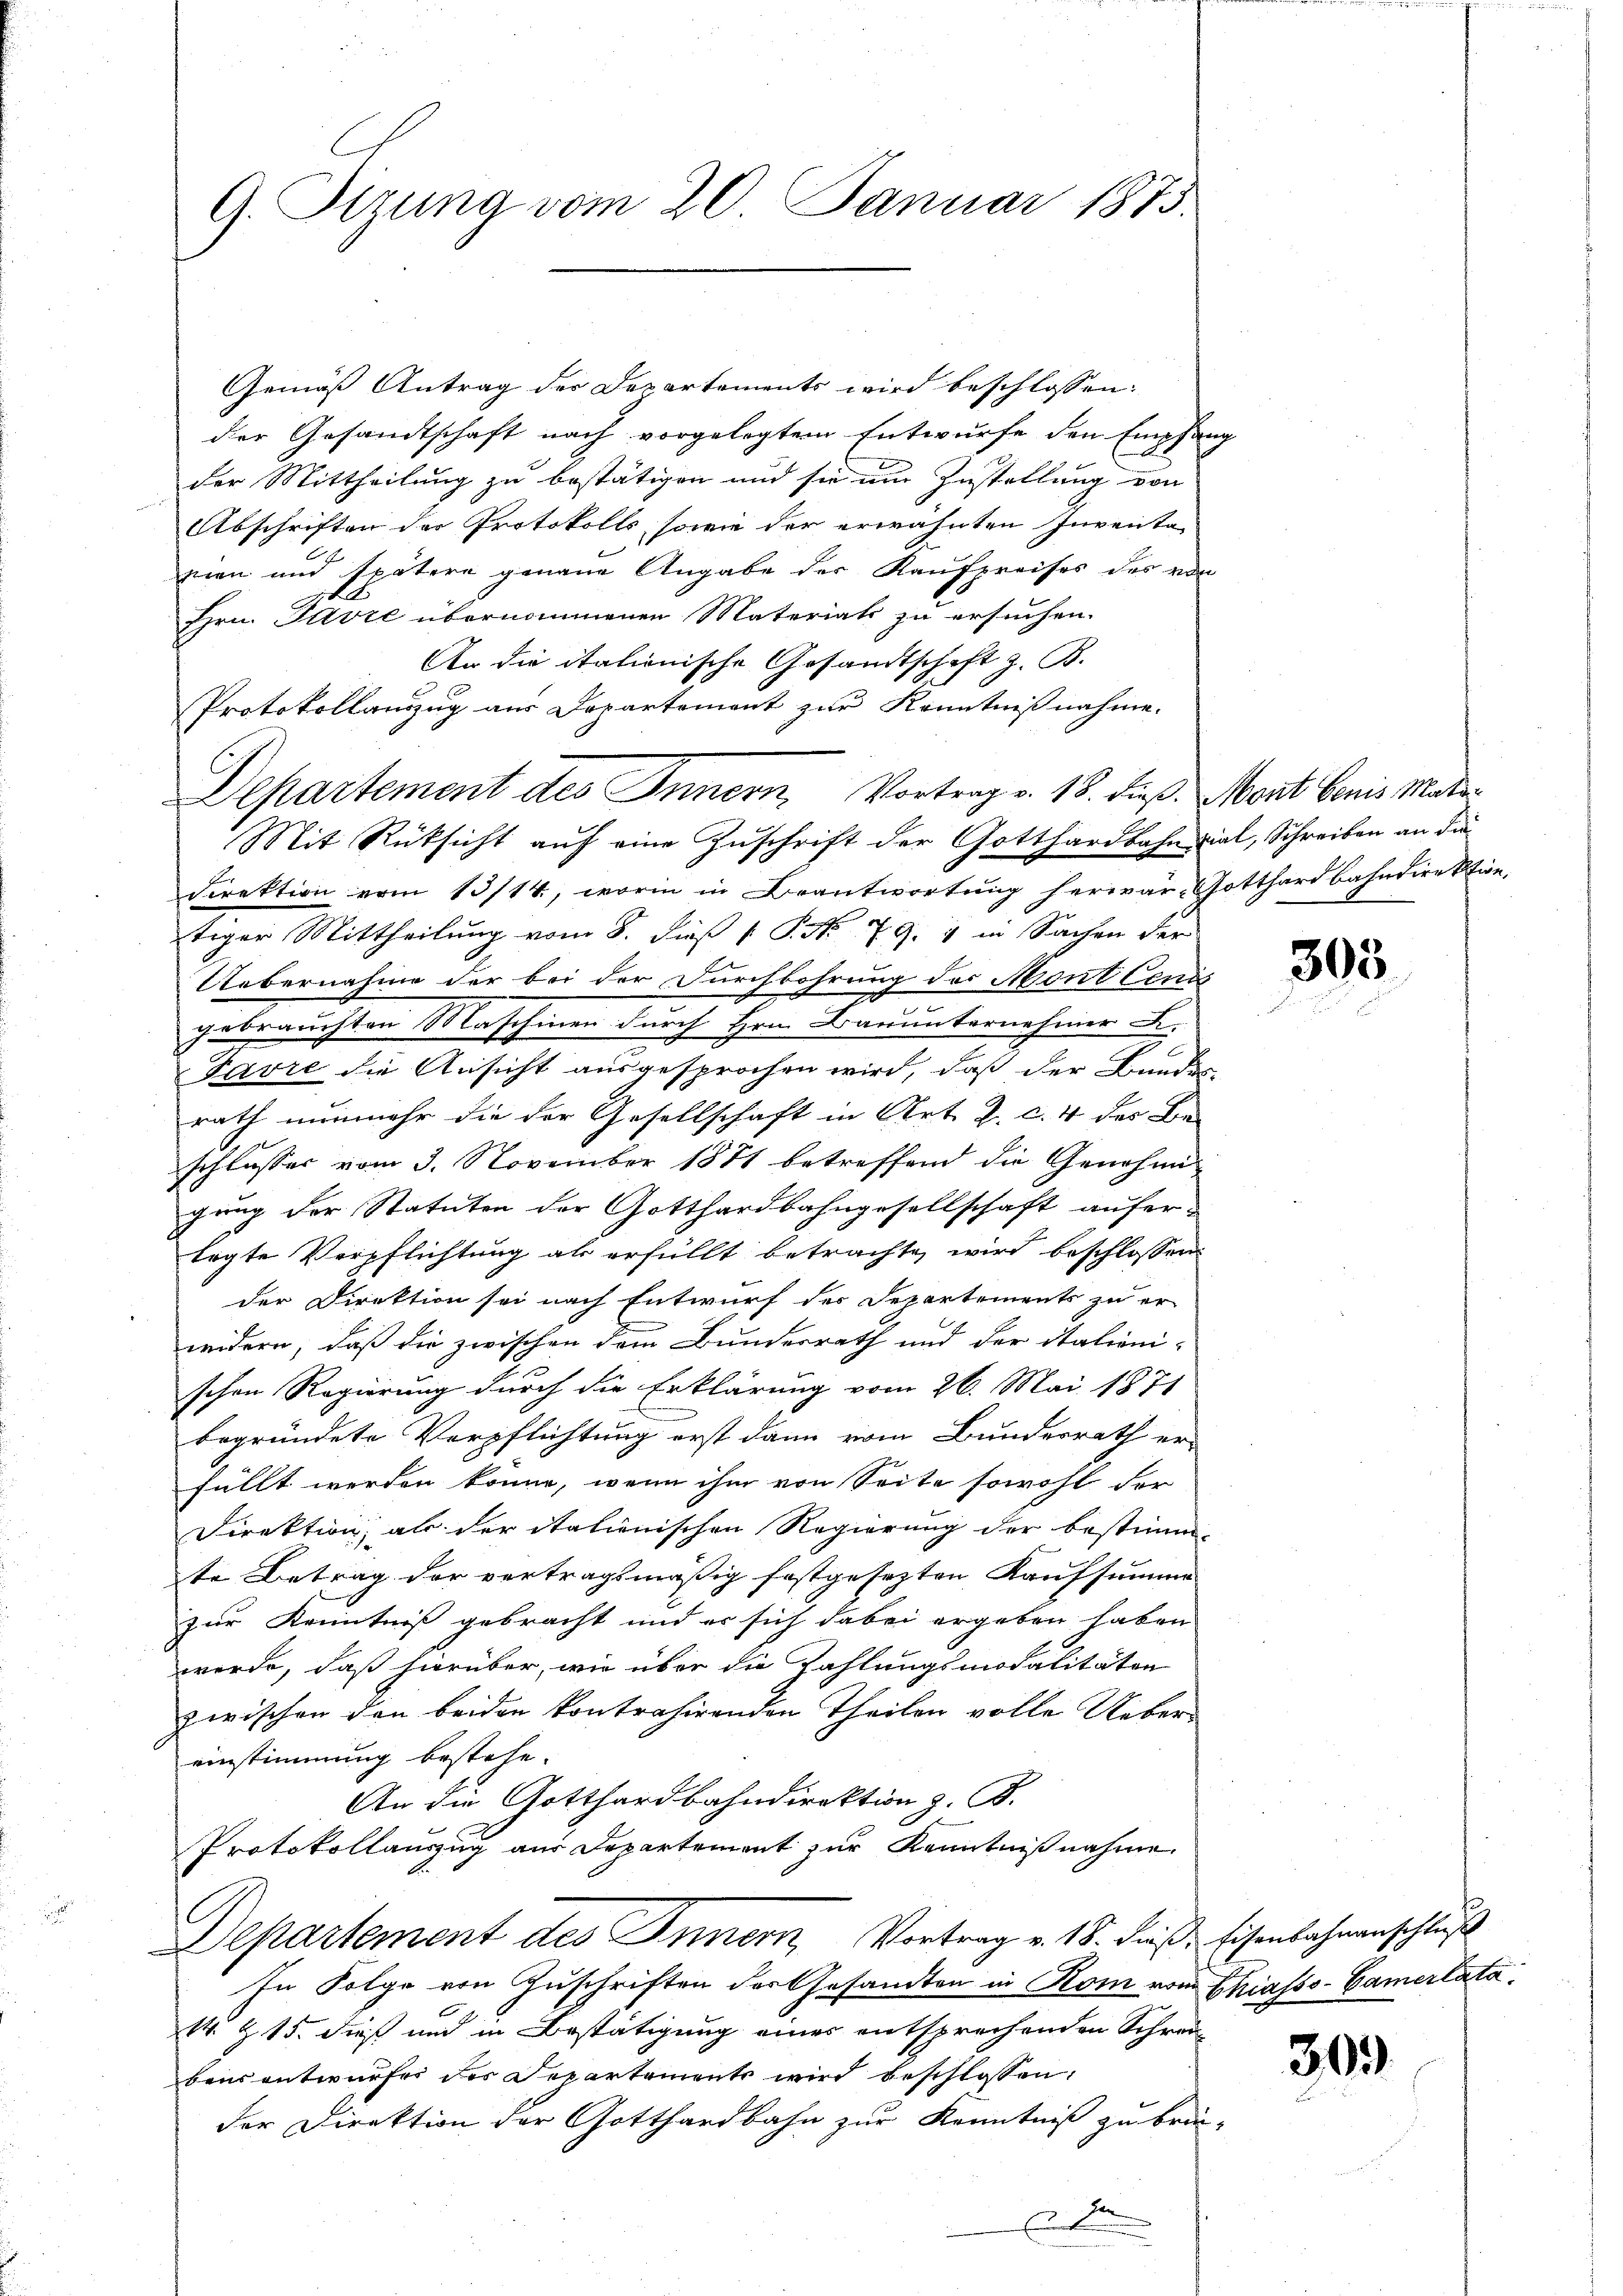
G. Sizung vom 20. Januar 1873.

Gemäß Antrag der Departements wird beschlossen:
der Gesandtschaft nach vorgelegtem Entwurfe den Empfang
der Mittheilung zu bestätigen und sie um Zustellung von
Abschriften der Protokolls, sowie der erwähnten Inventazien und spätere genaue Angabe der Kaufpreises des von
.
Hrn. Favre übernommenen Materiats zu ersuchen.
An die italionische Gesandtschaft z. B.
Protokollanzug aus Departement zur Kenntnißnahme.
Mit Rüksicht auf eine Zuschrift der Gotthardbahncial, Schreiben an die
Direktion vom 13/14., worin in Beantwortung herwär, Gotthardbahndirektion
tiger Mittheilung vom 8. dieß P. Nr. 79. 4 in Sachen der
Uebernahme der bei der Durchbohrung des Mont Cenös
gebrauchten Maschinen durch Hrn. Darunternehmer A.
Favre die Ansicht ausgesprochen wird, daß der Bunden
rath nunmehr die der Gesellschaft in Art. J. c. 4 des Be-
schlusser vom 3. November 1881 betreffend die Genehmigung der Statuten der Gotthardbahngesellschaft auferlegte Verpflichtung als erfüllt betrachte, wird beschlossen:
der Direktion sei nach Entwurf des Departements zu er-
weidern, daß die zwischen dem Bundesrath und der italieni-
schen Regierung durch die Erklärung vom 26. Mai 1871
begründete Verpflichtung erst dann vom Bundesrath er-
füllt werden könne, wenn ihm von Seite sowohl der
Direktion, als der italienischen Regierung der bestimm-
te Betrag der vertragsmäßig festgesezten Kaufsumme
zur Kenntniß gebracht und er sich dabei ergeben haben
werde, daß hierüber, wie über die Zahlungsmodalitäten
zwischen den beiden kontrahirenden Theilen volle Uebereinstimmung bestehe.
An die Gotthardbahndirektion z. B.
Protokollauszug aus Departement zur Kenntnißnahme.
Departement des Innern, Vortrag v. 18. dieß, Eisenbahnenschluß
In Folge von Zuschriften der Gesandten in Rom vom Chiasso-Camerlata
14. Z. 15. dieß und in Bestätigung eines entsprechenden Schrei-
beusentwurfes der Departements wird beschlossen:
der Direktion der Gotthardbahn zur Kenntniß zu brin-

Departement des Innern Vortrag v. 18. dieß. Mont beris Mate¬

303

303.